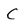
Character: C